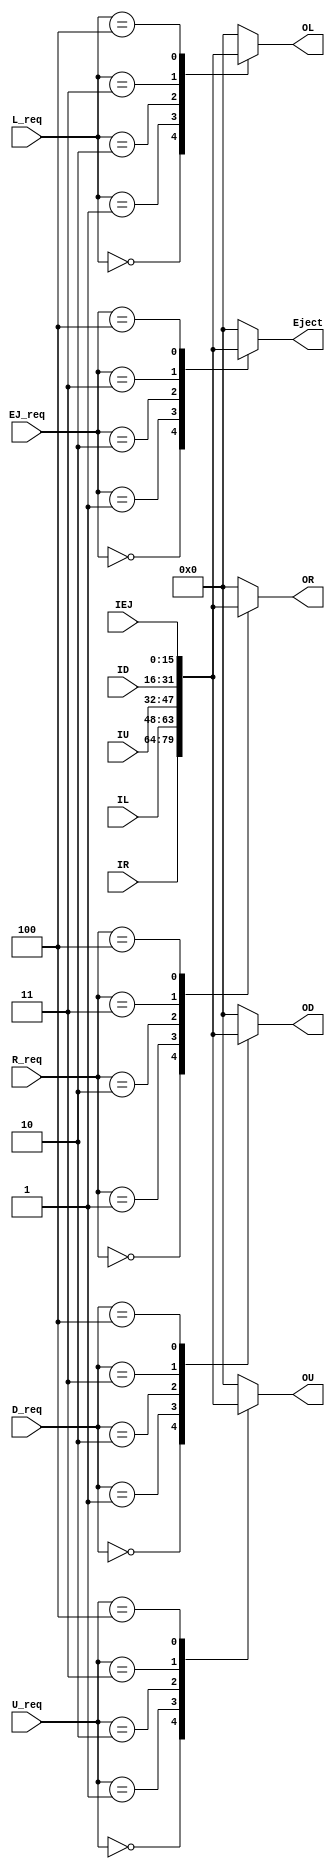
module CrossBar (OR,OL,OU,OD,Eject,R_req, L_req, U_req, D_req, EJ_req,IR, IL, IU, ID, IEJ);
  
  parameter LL = 16;
  output reg [LL-1:0] OR,OL,OU,OD,Eject;
  input [2:0] R_req, L_req, U_req, D_req, EJ_req;
  input [LL-1:0] IR, IL, IU, ID, IEJ;
  always @(*)
  begin
    case (R_req)
      3'd0: OR = IR;
      3'd1: OR = IL;
      3'd2: OR = IU;
      3'd3: OR = ID;
      3'd4: OR = IEJ;
      default:
        OR = 'b0;
    endcase
    case (L_req)
      3'd0: OL = IR;
      3'd1: OL = IL;
      3'd2: OL = IU;
      3'd3: OL = ID;
      3'd4: OL = IEJ;
      default:
        OL = 'b0;
    endcase
    case (U_req)
      3'd0: OU = IR;
      3'd1: OU = IL;
      3'd2: OU = IU;
      3'd3: OU = ID;
      3'd4: OU = IEJ;
      default:
        OU = 'b0;
    endcase
    case (D_req)
      3'd0: OD = IR;
      3'd1: OD = IL;
      3'd2: OD = IU;
      3'd3: OD = ID;
      3'd4: OD = IEJ;
      default:
        OD = 'b0;
    endcase
    case (EJ_req)
      3'd0: Eject = IR;
      3'd1: Eject = IL;
      3'd2: Eject = IU;
      3'd3: Eject = ID;
      3'd4: Eject = IEJ;
      default:
        Eject = 'b0;
    endcase
  end
  
endmodule